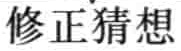
修正猜想